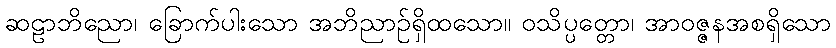
ဆဠာဘိညော၊ ခြောက်ပါးသော အဘိညာဉ်ရှိထသော။ ဝသိပ္ပတ္တော၊ အာဝဇ္ဇနအစရှိသော